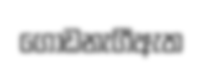
ගොඩනැගීඇත